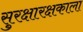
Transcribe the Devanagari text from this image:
सुरक्षारक्षकाला